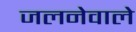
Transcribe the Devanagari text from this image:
जलनेवाले